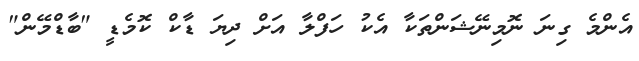
އެންމެ ގިނަ ނޮމިނޭޝަންތަކާ އެކު ހަފްލާ އަށް ދިޔަ ޑާކް ކޮމެޑީ "ބާޑްމޭން"